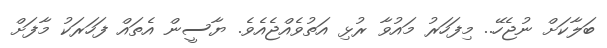
ބަލާކަށް ނުޖެހޭ.. މިފަހަރު މައުވާ ރުޅި އަތުވެއްޖެއެވެ. ޔާސީން އެތައް ފަހަރަކު މާފަށް